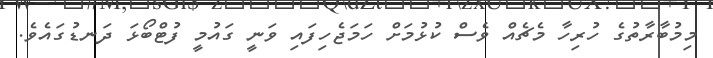
މިމުބާރާތުގެ ހުރިހާ މެޗެއް ވެސް ކުޅުމަށް ހަމަޖެހިފައި ވަނީ ގައުމީ ފުޓްބޯޅަ ދަނޑުގައެވެ.